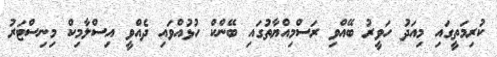
ކުރިމަތީގައި މިއަދު ހަވީރު ބޭއްވި ރަސްމިއްޔާތުގައި ބޭންކް ހުޅުއްވައި ދެއްވީ އިސްލާމިކް މިނިސްޓަރު